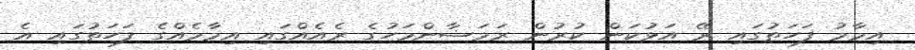
އިމާމު ފަހަތުގައި ރޭ އަޅުކަން ކުރުން ރަމަޟާންމަހުގެ ރެއެއްގައި އިމާމެއްގެ ފަހަތުގައި އެ